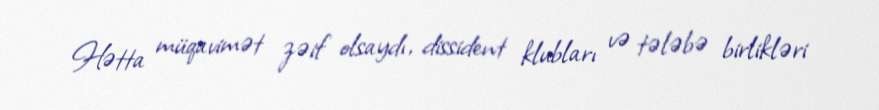
Hətta müqavimət zəif olsaydı, dissident klubları və tələbə birlikləri